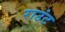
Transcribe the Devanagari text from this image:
राउंट